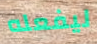
ليفعله